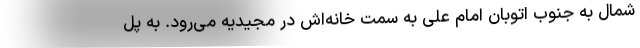
شمال به جنوب اتوبان امام علی به سمت خانه‌اش در مجیدیه می‌رود. به پل